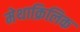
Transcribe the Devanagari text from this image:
मेथाक्रिलिक